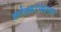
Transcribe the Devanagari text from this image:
कोड्यांमधल्या